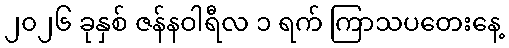
၂၀၂၆ ခုနှစ် ဇန်နဝါရီလ ၁ ရက် ကြာသပတေးနေ့